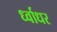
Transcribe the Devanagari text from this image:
र्ध्वाधर